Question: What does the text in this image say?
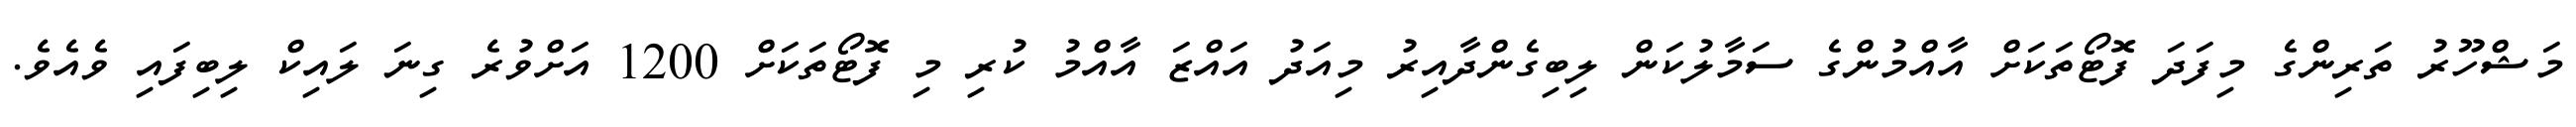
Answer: މަޝްހޫރު ތަރިންގެ މިފަދަ ފޮޓޯތަކަށް އާއްމުންގެ ސަމާލުކަން ލިބިގެންދާއިރު މިއަދު އައްޒަ އާއްމު ކުރި މި ފޮޓޯތަކަށް 1200 އަށްވުރެ ގިނަ ލައިކް ލިބިފައި ވެއެވެ.